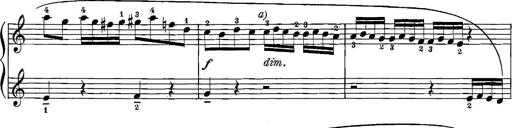
Title: 12 Sonatinas
Composer: Ignaz Pleyel